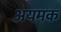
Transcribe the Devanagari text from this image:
अयमक